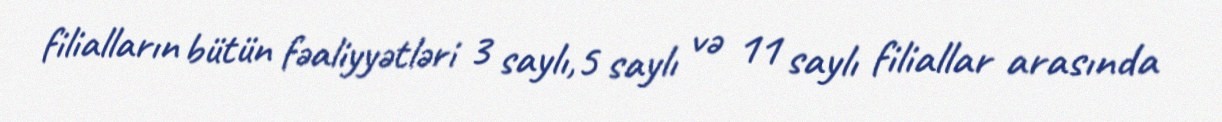
filialların bütün fəaliyyətləri 3 saylı,5 saylı və 11 saylı filiallar arasında